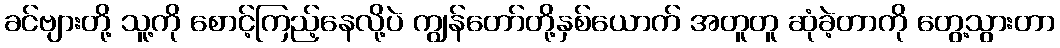
ခင်ဗျားတို့ သူ့ကို စောင့်ကြည့်နေလို့ပဲ ကျွန်တော်တို့နှစ်ယောက် အတူတူ ဆုံခဲ့တာကို တွေ့သွားတာ